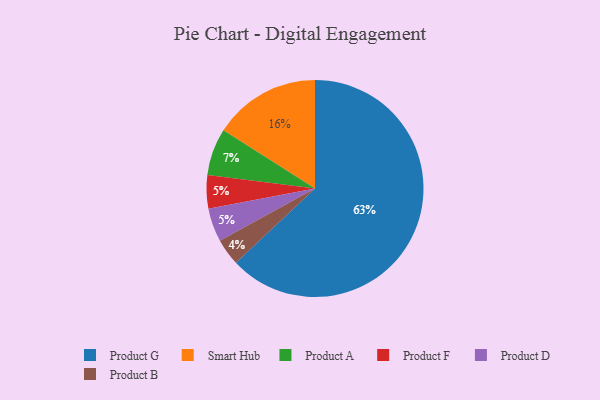
{"axis": {"x": "Category", "y": "Percentage"}, "legend": ["Product A", "Product B", "Product D", "Product F", "Product G", "Smart Hub"], "data": [{"x": "Product G", "y": 63, "type": "Product G"}, {"x": "Product F", "y": 5, "type": "Product F"}, {"x": "Smart Hub", "y": 16, "type": "Smart Hub"}, {"x": "Product A", "y": 7, "type": "Product A"}, {"x": "Product D", "y": 5, "type": "Product D"}, {"x": "Product B", "y": 4, "type": "Product B"}]}